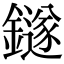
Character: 鐩